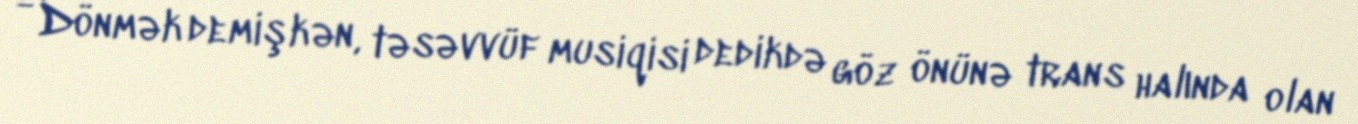
- Dönmək demişkən, təsəvvüf musiqisi dedikdə göz önünə trans halında olan